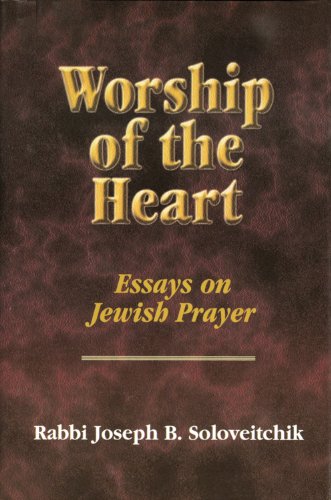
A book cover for Worship of the Heart: Essays on Jewish Prayer (Meotzar Horav); Joseph B. Soloveitchik; Religion & Spirituality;